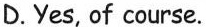
D.Yes, of course.